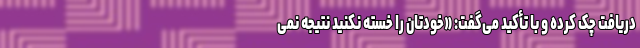
دریافت چک کرده و با تأکید می‌گفت: «خودتان را خسته نکنید نتیجه نمی